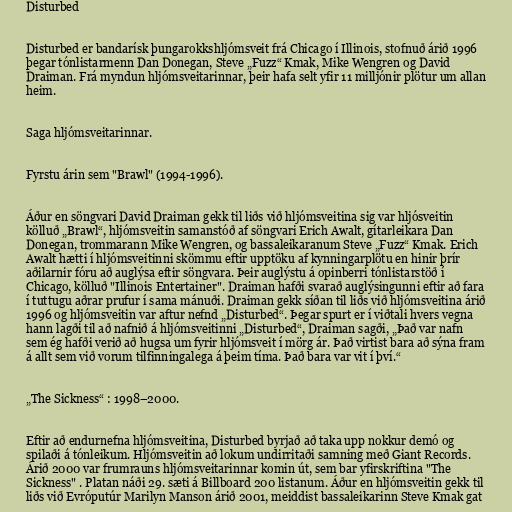
Disturbed

Disturbed er bandarísk þungarokkshljómsveit frá Chicago í Illinois, stofnuð árið 1996
þegar tónlistarmenn Dan Donegan, Steve „Fuzz“ Kmak, Mike Wengren og David
Draiman. Frá myndun hljómsveitarinnar, þeir hafa selt yfir 11 milljónir plötur um allan
heim.

Saga hljómsveitarinnar.

Fyrstu árin sem "Brawl" (1994-1996).

Áður en söngvari David Draiman gekk til liðs við hljómsveitina sig var hljósveitin
kölluð „Brawl“, hljómsveitin samanstóð af söngvari Erich Awalt, gítarleikara Dan
Donegan, trommarann Mike Wengren, og bassaleikaranum Steve „Fuzz“ Kmak. Erich
Awalt hætti í hljómsveitinni skömmu eftir upptöku af kynningarplötu en hinir þrír
aðilarnir fóru að auglýsa eftir söngvara. Þeir auglýstu á opinberri tónlistarstöð í
Chicago, kölluð "Illinois Entertainer". Draiman hafði svarað auglýsingunni eftir að fara
í tuttugu aðrar prufur í sama mánuði. Draiman gekk síðan til liðs við hljómsveitina árið
1996 og hljómsveitin var aftur nefnd „Disturbed“. Þegar spurt er í viðtali hvers vegna
hann lagði til að nafnið á hljómsveitinni „Disturbed“, Draiman sagði, „Það var nafn
sem ég hafði verið að hugsa um fyrir hljómsveit í mörg ár. Það virtist bara að sýna fram
á allt sem við vorum tilfinningalega á þeim tíma. Það bara var vit í því.“

„The Sickness“ : 1998–2000.

Eftir að endurnefna hljómsveitina, Disturbed byrjað að taka upp nokkur demó og
spilaði á tónleikum. Hljómsveitin að lokum undirritaði samning með Giant Records.
Árið 2000 var frumrauns hljómsveitarinnar komin út, sem bar yfirskriftina "The
Sickness" . Platan náði 29. sæti á Billboard 200 listanum. Áður en hljómsveitin gekk til
liðs við Evróputúr Marilyn Manson árið 2001, meiddist bassaleikarinn Steve Kmak gat